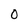
Character: 0